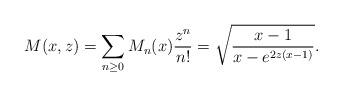
LaTeX: \begin{align*}M(x,z)=\sum_{n\geq 0}M_n(x)\frac{z^n}{n!}=\sqrt{\frac{x-1}{x-e^{2z(x-1)}}}.\end{align*}